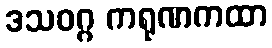
ဒသဝဂ္ဂ ကရုဏကထာ